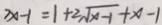
7 x - 1 = 1 + 2 \sqrt { x - 1 } + x - 1